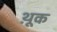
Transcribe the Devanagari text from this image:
थ़ूक